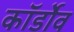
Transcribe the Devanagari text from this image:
कॉर्डोव